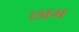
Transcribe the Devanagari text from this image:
छाम